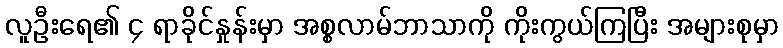
လူဦးရေ၏ ၄ ရာခိုင်နှုန်းမှာ အစ္စလာမ်ဘာသာကို ကိုးကွယ်ကြပြီး အများစုမှာ